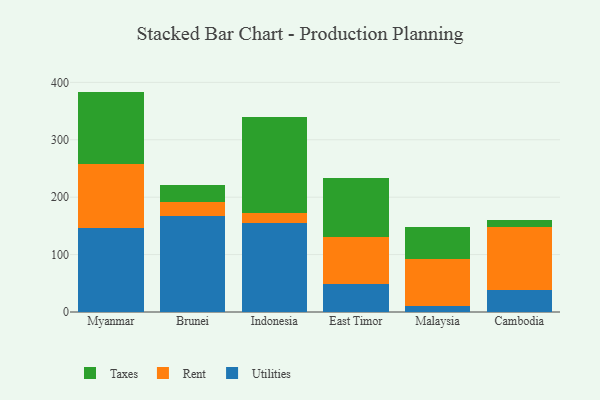
{"axis": {"x": "Country", "y": "Budget (USD K)"}, "legend": ["Rent", "Taxes", "Utilities"], "data": [{"x": "Myanmar", "y": 146.2, "type": "Utilities"}, {"x": "Myanmar", "y": 111.2, "type": "Rent"}, {"x": "Myanmar", "y": 126.5, "type": "Taxes"}, {"x": "Brunei", "y": 167.3, "type": "Utilities"}, {"x": "Brunei", "y": 25.1, "type": "Rent"}, {"x": "Brunei", "y": 28.5, "type": "Taxes"}, {"x": "Indonesia", "y": 154.5, "type": "Utilities"}, {"x": "Indonesia", "y": 17.8, "type": "Rent"}, {"x": "Indonesia", "y": 167.1, "type": "Taxes"}, {"x": "East Timor", "y": 48.0, "type": "Utilities"}, {"x": "East Timor", "y": 82.2, "type": "Rent"}, {"x": "East Timor", "y": 103.8, "type": "Taxes"}, {"x": "Malaysia", "y": 11.1, "type": "Utilities"}, {"x": "Malaysia", "y": 81.4, "type": "Rent"}, {"x": "Malaysia", "y": 55.2, "type": "Taxes"}, {"x": "Cambodia", "y": 38.9, "type": "Utilities"}, {"x": "Cambodia", "y": 109.9, "type": "Rent"}, {"x": "Cambodia", "y": 11.9, "type": "Taxes"}]}